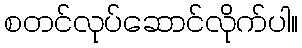
စတင်လုပ်ဆောင်လိုက်ပါ။